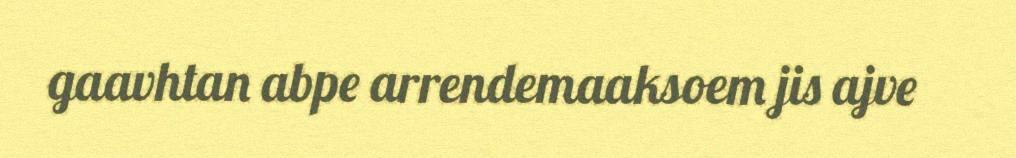
gaavhtan abpe arrendemaaksoem jis ajve